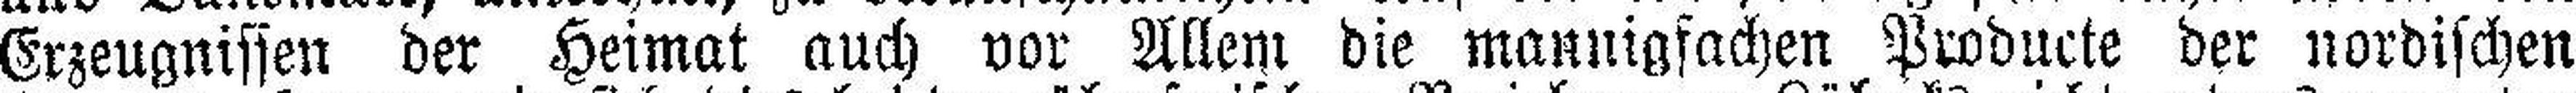
Erzeugnissen der Heimat auch vor Allem die mannigfachen Producte der nordischen